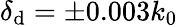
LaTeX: \delta_{\mathrm{d}}=\pm 0.003k_{0}